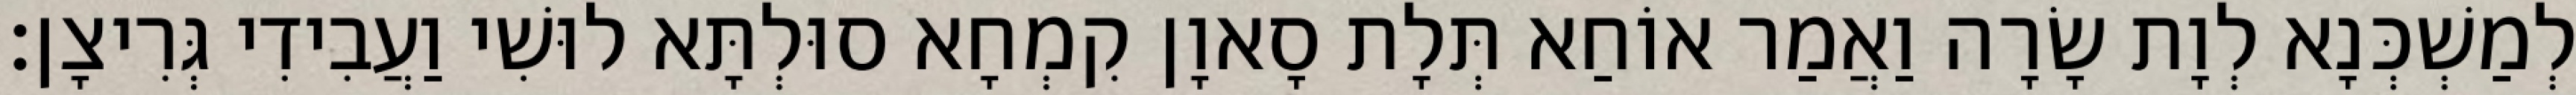
לְמַשְׁכְּנָא לְוָת שָׂרָה וַאֲמַר אוֹחַא תְּלָת סָאוָן קִמְחָא סוּלְתָּא לוּשִׁי וַעֲבִידִי גְּרִיצָן׃